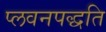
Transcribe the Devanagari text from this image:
प्लवनपद्धति